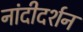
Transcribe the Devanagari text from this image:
नांदीदर्शन